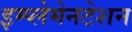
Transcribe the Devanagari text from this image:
इम्प्लेमेनटेशन